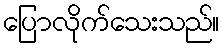
ပြောလိုက်သေးသည်။